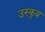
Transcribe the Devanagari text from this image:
उस्कुब